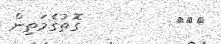
١٨١         ގޮތުގެމަތިން